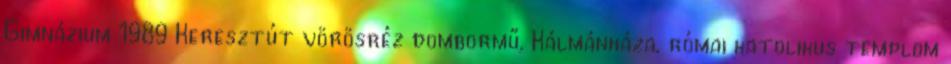
Gimnázium 1989 Keresztút vörösréz dombormű, Kálmánháza, római katolikus templom